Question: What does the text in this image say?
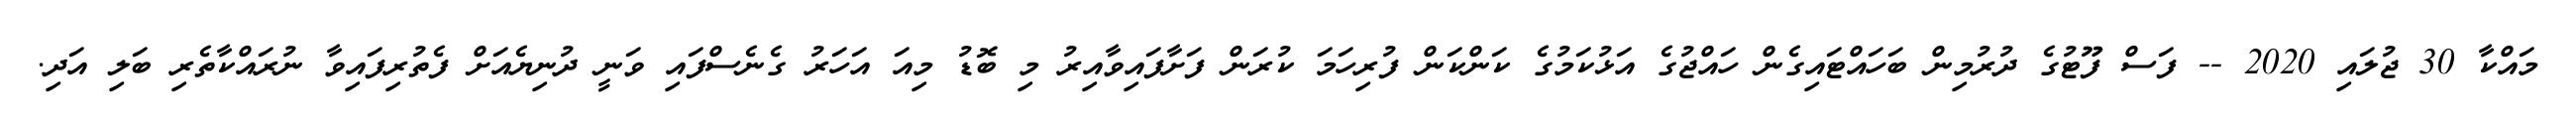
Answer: މައްކާ 30 ޖުލައި 2020 -- ފަސް ފޫޓުގެ ދުރުމިން ބަހައްޓައިގެން ހައްޖުގެ އަޅުކަމުގެ ކަންކަން ފުރިހަމަ ކުރަން ފަށާފައިވާއިރު މި ބޮޑު މިއަ އަހަރު ގެނެސްފައި ވަނީ ދުނިޔެއަށް ފެތުރިފައިވާ ނުރައްކާތެރި ބަލި އަދި.